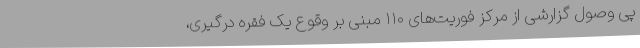
پی وصول گزارشی از مرکز فوریت‌های ۱۱۰ مبنی بر وقوع یک فقره درگیری،